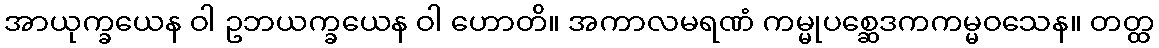
အာယုက္ခယေန ဝါ ဥဘယက္ခယေန ဝါ ဟောတိ။ အကာလမရဏံ ကမ္မုပစ္ဆေဒကကမ္မဝသေန။ တတ္ထ